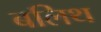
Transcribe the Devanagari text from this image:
बलिथ